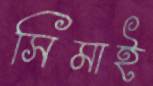
সিমাই